Scottish Leaving Certificate Examination, 1955
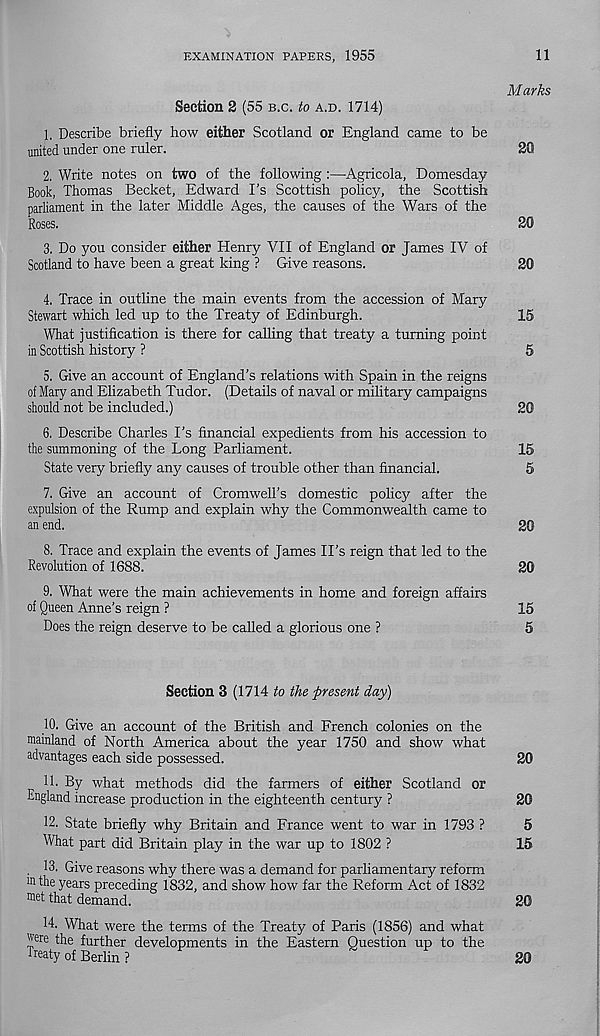
EXAMINATION PAPERS, 1955
11
Marks
Section 2 (55 B.C. to A.D. 1714)
1. Describe briefly how either Scotland or England came to be
united under one ruler.
2Q
2. Write notes on two of the following :—Agricola, Domesday
Book, Thomas Becket, Edward I’s Scottish policy, the Scottish
parliament in the later Middle Ages, the causes of the Wars of the
Roses.
20
3. Do you consider either Henry VII of England or James IV of
Scotland to have been a great king ? Give reasons.
20
4. Trace in outline the main events from the accession of Mary
Stewart which led up to the Treaty of Edinburgh.
15
What justification is there for calling that treaty a turning point
in Scottish history ?
5
5. Give an account of England’s relations with Spain in the reigns
of Mary and Elizabeth Tudor. (Details of naval or military campaigns
should not be included.)
20
6. Describe Charles I’s financial expedients from his accession to
the summoning of the Long Parliament.
15
State very briefly any causes of trouble other than financial.
5
7. Give an account of Cromwell’s domestic policy after the
expulsion of the Rump and explain why the Commonwealth came to
an end.
20
8. Trace and explain the events of James IPs reign that led to the
Revolution of 1688.
20
9. What were the main achievements in home and foreign affairs
of Queen Anne’s reign ?
15
Does the reign deserve to be called a glorious one ?
5
Section % (17 \ A to the present day)
10. Give an account of the British and French colonies on the
mainland of North America about the year 1750 and show what
advantages each side possessed.
20
11. By what methods did the farmers of either Scotland or
England increase production in the eighteenth century ?
20
12. State briefly why Britain and France went to war in 1793 ?
5
What part did Britain play in the war up to 1802 ?
15
. 13. Give reasons why there was a demand for parliamentary reform
m the years preceding 1832, and show how far the Reform Act of 1832
fflet that demand.
20
14. What were the terms of the Treaty of Paris (1856) and what
were the further developments in the Eastern Question up to the
Treaty of Berlin ?
20